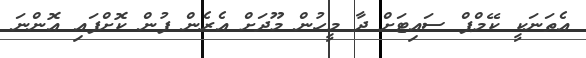
އެތަނަކީ ކޭމްޕް ސައިޓަށް ދާ މީހުން މޫދަށް އެރެން ފުން ކޮށްފައި އޮންނަ